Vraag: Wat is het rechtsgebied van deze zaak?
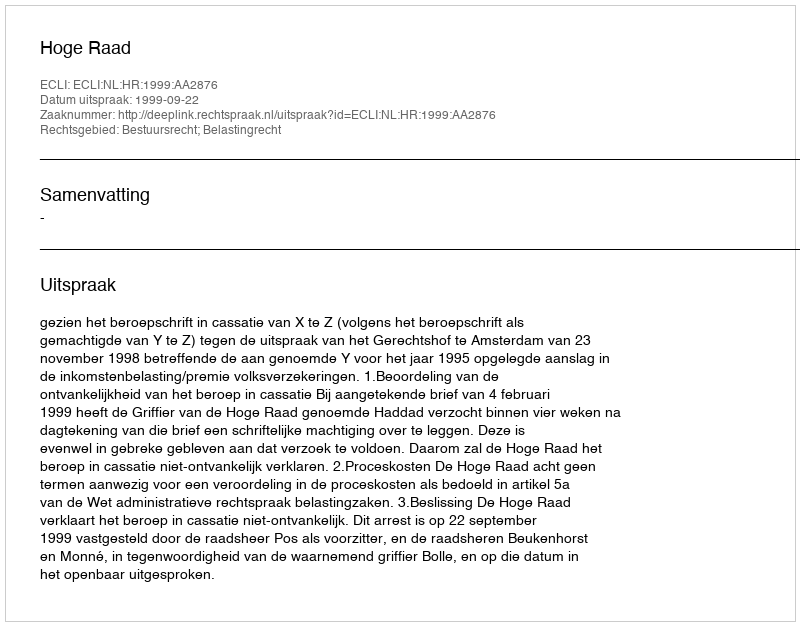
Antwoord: Bestuursrecht; Belastingrecht